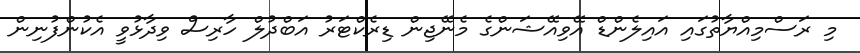
މި ރަސްމިއްޔާތުގައި އައިލެންޑް އޭވިއޭޝަންގެ މެނޭޖިން ޑިރެކްޓަރު އަބްދުލް ހާރިސް ވިދާޅުވީ އެކުންފުނިން